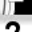
Digit: 2